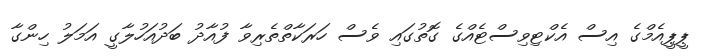
ޕީޕީއެމްގެ އިސް އެކްޓިވިސްޓެއްގެ ގޮތުގައި ވެސް ހަރަކާތްތެރިވާ ފުއާދު ބަދުއަހުލާގީ އަމަލު ހިންގާ